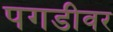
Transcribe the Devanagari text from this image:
पगडीवर